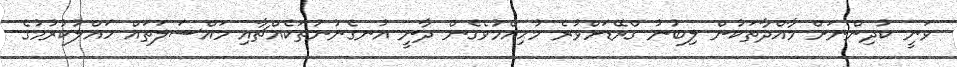
ވަނީ ކުދިންނަށް މާއްދާތަކުން ލިބުނު ގްރޭޑަށްވުރެ މުހިއްމުވެގެން ދާނީ އުނގެނުނުތަކެއްޗާއި މައްސަލަތައް ހައްލުކުރުމުގެ